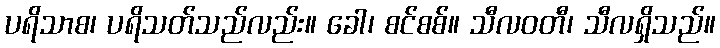
ပရိသာစ၊ ပရိသတ်သည်လည်း။ ခေါ၊ စင်စစ်။ သီလဝတီ၊ သီလရှိသည်။